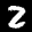
Label: 2